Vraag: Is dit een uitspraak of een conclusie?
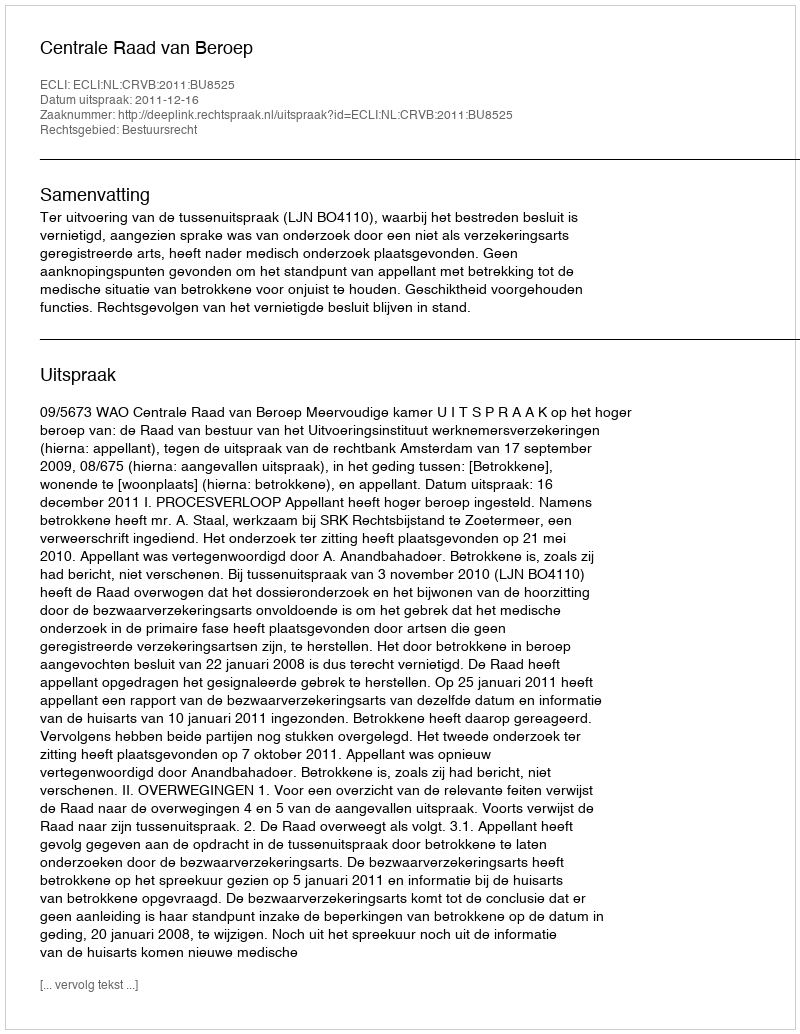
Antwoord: Uitspraak